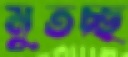
মুতচ্ছ